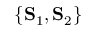
\{ \mathbf { S } _ { 1 } , \mathbf { S } _ { 2 } \}